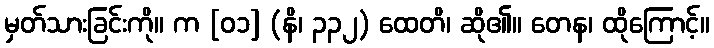
မှတ်သားခြင်းကို။ က [၀၁] (နိ၊ ၃၃၂) ထေတိ၊ ဆို၏။ တေန၊ ထိုကြောင့်။